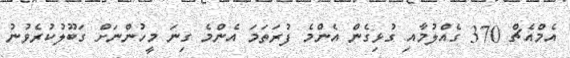
އެމްއެޗް 370 ގެއްލުމާއި ގުޅިގެން އެންމެ ފުރަތަމަ އެންމެ ގިނަ މީހުންނަށް ގަބޫލުކުރެވުނު